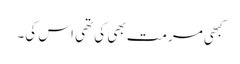
کبھی مرمت بھی کی تھی اس کی۔